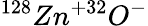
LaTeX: ^{128}Zn^{+32}O^{-}